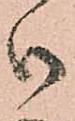
御